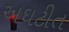
અઘટીત